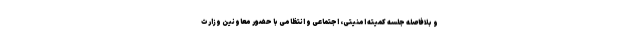
و بلافاصله جلسه کمیته امنیتی، اجتماعی و انتظامی با حضور معاونین وزارت